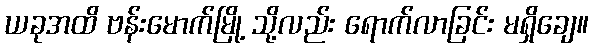
ယခုအထိ ဗန်းမောက်မြို့ သို့လည်း ရောက်လာခြင်း မရှိချေ။